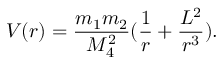
V ( r ) = \frac { m _ { 1 } m _ { 2 } } { M _ { 4 } ^ { 2 } } ( \frac { 1 } { r } + \frac { L ^ { 2 } } { r ^ { 3 } } ) .